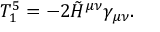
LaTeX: T _ { 1 } ^ { 5 } = - 2 \tilde { \cal H } ^ { \mu \nu } \gamma _ { \mu \nu } .